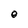
Character: O